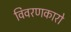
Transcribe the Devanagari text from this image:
विवरणकारो